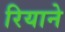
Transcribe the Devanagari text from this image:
रियाने